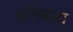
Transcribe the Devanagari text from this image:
अतिबाह्य